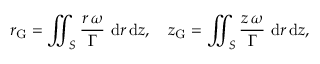
r _ { \mathrm { G } } = \iint _ { S } \frac { r \, \omega } { \Gamma } ~ \mathrm { d } r \, \mathrm { d } z , \quad z _ { \mathrm { G } } = \iint _ { S } \frac { z \, \omega } { \Gamma } ~ \mathrm { d } r \, \mathrm { d } z ,